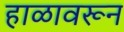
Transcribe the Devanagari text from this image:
हाळावरून